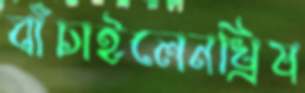
বাঁচাইলেনখ্রিষ